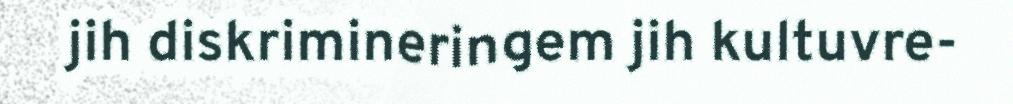
jih diskrimineringem jih kultuvre-